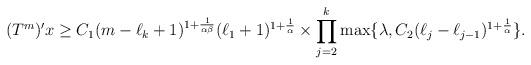
LaTeX: \begin{align*} (T^m)'x &\ge C_1 ( m - \ell_k + 1)^{ 1 + \frac{1}{\alpha\beta} } (\ell_1 + 1)^{ 1 + \frac{1}{\alpha} } \times \prod_{j=2}^k \max \{ \lambda , C_2 ( \ell_{j} - \ell_{j-1} )^{ 1 + \frac{1}{\alpha} } \}. \end{align*}